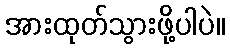
အားထုတ်သွားဖို့ပါပဲ။